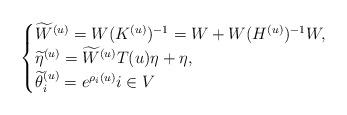
LaTeX: \begin{align*}\begin{cases}\widetilde{W}^{(u)} = W (K^{(u)})^{-1} =W+W(H^{(u)})^{-1}W, \\\widetilde\eta^{(u)} = \widetilde{W}^{(u)}T(u)\eta + \eta,\\\widetilde\theta_i^{(u)} = e^{\rho_i(u)} i\in V\end{cases}\end{align*}